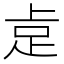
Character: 𮛅